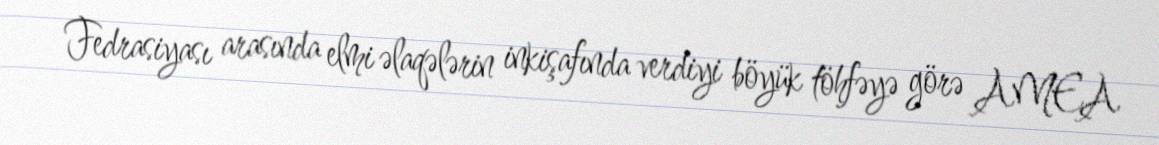
Fedrasiyası arasında elmi əlaqələrin inkişafında verdiyi böyük töhfəyə görə AMEA